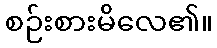
စဉ်းစားမိလေ၏။